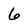
Character: 6